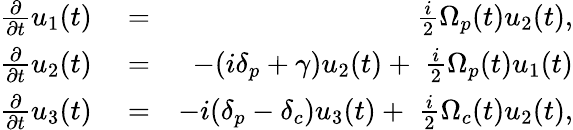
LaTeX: \begin{array}{rlr}{\frac{\partial}{\partial t}{u}_{1}(t)}&{{}=}&{\; \frac{i}{2}{\Omega}_{p}(t)u_{2}(t),}\\ {\frac{\partial}{\partial t}{u}_{2}(t)}&{{}=}&{-(i\delta_{p}+\gamma)u_{2}(t)+\; \frac{i}{2}{\Omega}_{p}(t)u_{1}(t)}\\ {\frac{\partial}{\partial t}{u}_{3}(t)}&{{}=}&{-i(\delta_{p}-\delta_{c})u_{3}(t)+\; \frac{i}{2}{\Omega}_{c}(t)u_{2}(t),}\end{array}